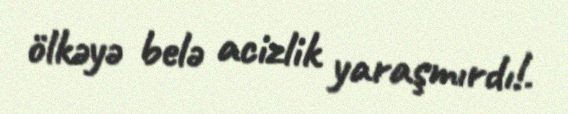
ölkəyə belə acizlik yaraşmırdı!.